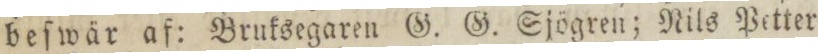
beſwär af: Bruksegaren G. G. Sjögren; Nils Petter